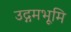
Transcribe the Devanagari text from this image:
उद्गमभूमि